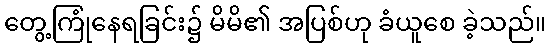
တွေ့ကြုံနေရခြင်း၌ မိမိ၏ အပြစ်ဟု ခံယူစေ ခဲ့သည်။